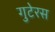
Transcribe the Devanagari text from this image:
गुटेरस